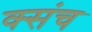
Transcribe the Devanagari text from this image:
क्संच